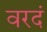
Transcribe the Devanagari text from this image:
वरदं